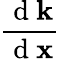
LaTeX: \frac{\mathrm{~d~}\textbf{k}}{\mathrm{~d~}\textbf{x}}